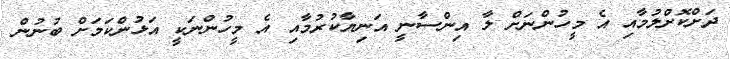
ދަށްކޮށްލުމާއި އެ މީހުންނަށް ލާ އިންސާނީ އަނިޔާކުރުމާއި އެ މީހުންނަކީ އަޅުންކަމަށް ބުނުން